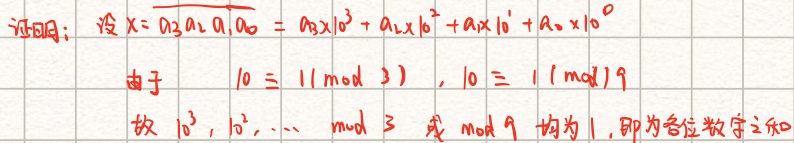
证明：设\(x = \overline{a_{3}a_{2}a_{1}a_{0}}=a_{3}x10^{3}+a_{2}x10^{2}+a_{1}x10^{1}+a_{0}x10^{0}\)
由于 \(10 \equiv 1(\bmod 3)\)，\(10 \equiv 1(\bmod 9)\)
故 \(10^{3},10^{2},\cdots \bmod 3\) 或 \(\bmod 9\) 均为 \(1\)，即为各位数字之和